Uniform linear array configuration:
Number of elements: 12
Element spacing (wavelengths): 0.5
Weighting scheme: uniform
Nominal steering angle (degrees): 45
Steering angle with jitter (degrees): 43.031
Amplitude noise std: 0.05
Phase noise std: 0.05

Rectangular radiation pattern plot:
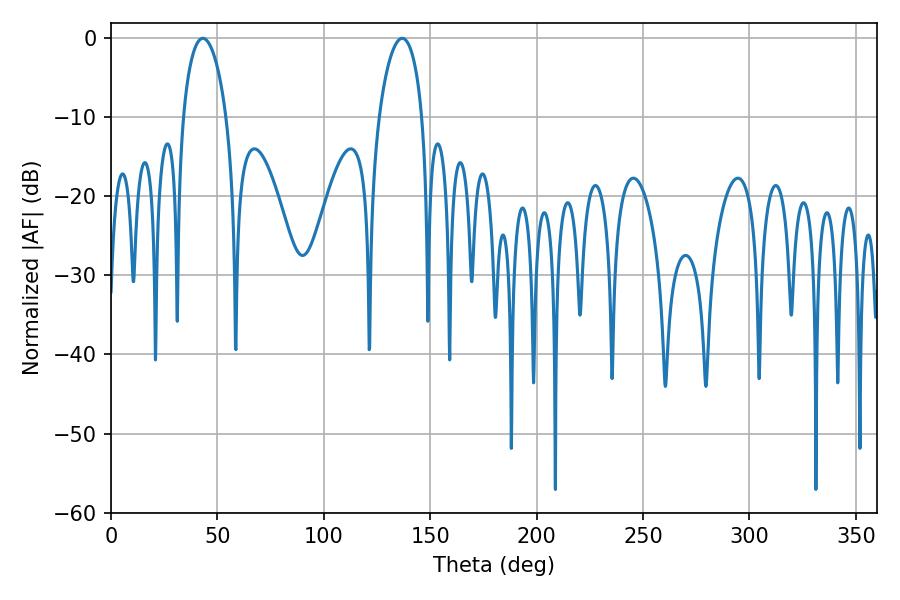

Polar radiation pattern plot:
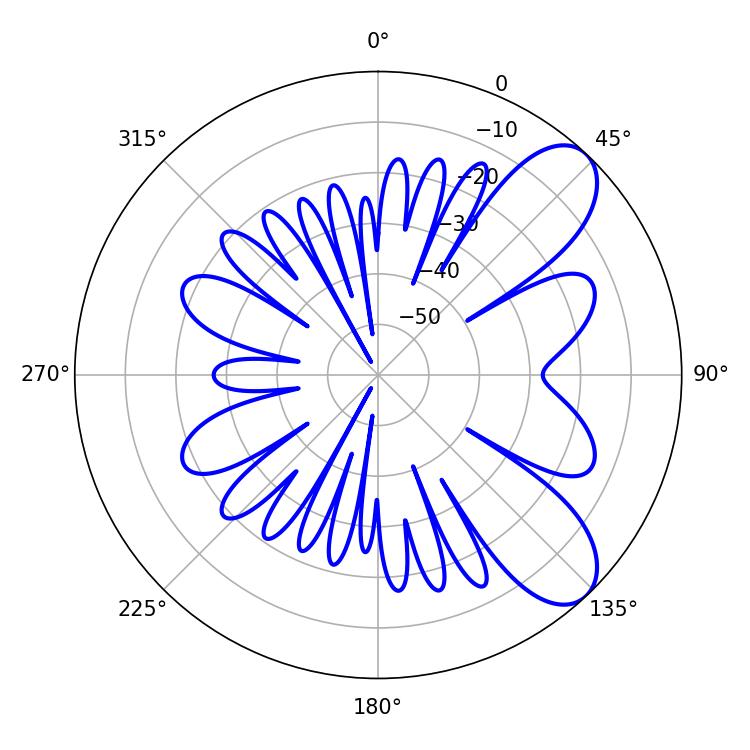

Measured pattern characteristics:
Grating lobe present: FALSE
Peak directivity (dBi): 8.213
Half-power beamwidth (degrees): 11.7
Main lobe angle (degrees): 43.2